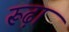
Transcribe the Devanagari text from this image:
रूढ़ा